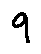
9